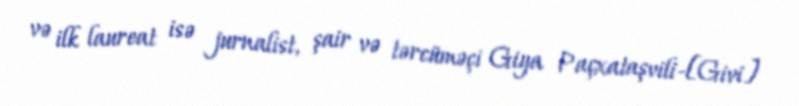
və ilk laureat isə jurnalist, şair və tərcüməçi Giya Paçxataşvili-[Givi]